Malaria in the Punjab - Number 46
Disease focus: Malaria
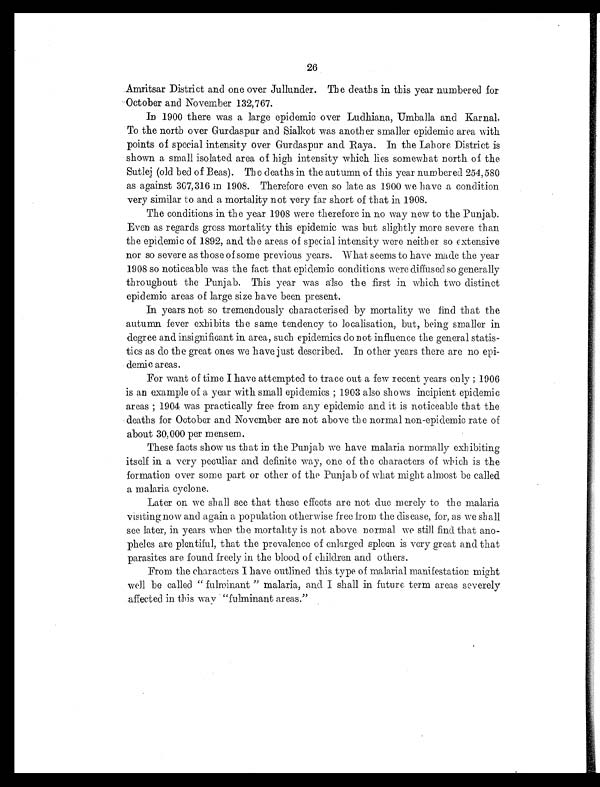
26
Amritsar District and one over Jullunder. The deaths in this year numbered for
October and November 132,767.
In 1900 there was a large epidemic over Ludhiana, Umballa and Karnal.
To the north over Gurdaspur and Sialkot was another smaller epidemic area with
points of special intensity over Gurdaspur and Raya. In the Lahore District is
shown a small isolated area of high intensity which lies somewhat north of the
Sutlej (old bed of Beas). The deaths in the autumn of this year numbered 254,580
as against 307,316 in 1908. Therefore even so late as 1900 we have a condition
very similar to and a mortality not very far short of that in 1908.
The conditions in the year 1908 were therefore in no way new to the Punjab.
Even as regards gross mortality this epidemic was but slightly more severe than
the epidemic of 1892, and the areas of special intensity were neither so extensive
nor so severe as those of some previous years. What seems to have made the year
1908 so noticeable was the fact that epidemic conditions were diffused so generally
throughout the Punjab. This year was also the first in which two distinct
epidemic areas of large size have been present.
In years not so tremendously characterised by mortality we find that the
autumn fever exhibits the same tendency to localisation, but, being smaller in
degree and insignificant in area, such epidemics do not influence the general statis-
tics as do the great ones we have just described. In other years there are no epi-
demic areas.
For want of time I have attempted to trace out a few recent years only; 1906
is an example of a year with small epidemics; 1903 also shows incipient epidemic
a r e a s ; 1 9 0 4 w a s p r a c t i c a l l y f r e e f r o m a n y e p i d e m i c a n d i t i s n o t i c e a b l e t h a t t h e
deaths for October and November are not above the normal non-epidemic rate of
about 30,000 per mensem.
These facts show us that in the Punjab we have malaria normally exhibiting
itself in a very peculiar and definite way, one of the characters of which is the
formation over some part or other of the Punjab of what might almost be called
a malaria cyclone.
Later on we shall see that these effects are not due merely to the malaria
visiting now and again a population otherwise free from the disease, for, as we shall
see later, in years when the mortality is not above normal we still find that ano-
pheles are plentiful, that the prevalence of enlarged spleen is very great and that
parasites are found freely in the blood of children and others.
From the characters I have outlined this type of malarial manifestation might
well be called "fulminant" malaria, and I shall in future term areas severely
affected in this way "fulminant areas."